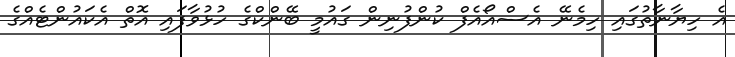
އެ ހިޔާނާތުގައި ހިމެނޭ އެސްއޯއެފް ކުންފުނިން ގައުމީ ބޭންކްގެ ހުޅުވާފައި އޮތް އެކައުންޓެއްގެ